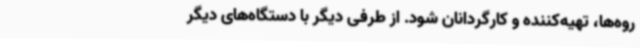
روه‌ها، تهیه‌کننده و کارگردانان شود. از طرفی دیگر با دستگاه‌های دیگر